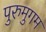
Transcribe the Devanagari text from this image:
पुरुमुगम